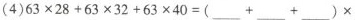
(4) $$63 \times 2 8 + 6 3 \times 3 2 + 6 3 \times 4 0 = ( ___ + ___ + ___ ) \times$$